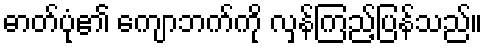
ဓာတ်ပုံ၏ ကျောဘက်ကို လှန်ကြည့်ပြန်သည်။